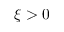
\xi > 0